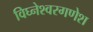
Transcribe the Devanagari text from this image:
विघ्नेश्वरगणेश